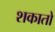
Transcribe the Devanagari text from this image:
शकातो